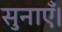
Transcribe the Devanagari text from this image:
सुनाएँ।